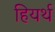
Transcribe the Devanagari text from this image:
हियर्थ